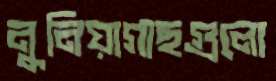
নুনিয়াগাছগুলো